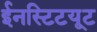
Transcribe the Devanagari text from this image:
ईनस्टिटयूट